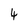
Character: 4